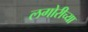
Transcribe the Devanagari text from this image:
लगोरीच्या